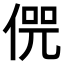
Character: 𠋨